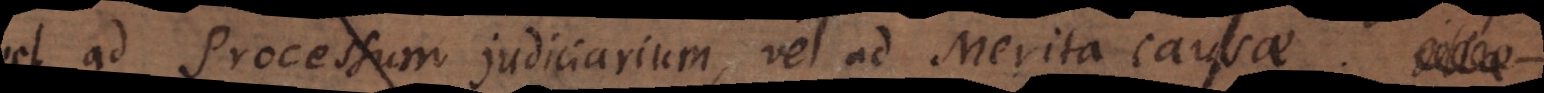
vel ad Processum judiciarium, vel ad Merita causae. Illae